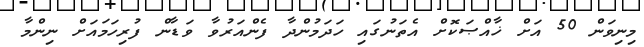
މިނިވަން 50 އަށް ޚާއްޞަކޮށް އެތަނުގައި ހަދަމުންދާ ފެންއަރުވާ ވަޑާން ފުރިހަމައަށް ނިންމާ